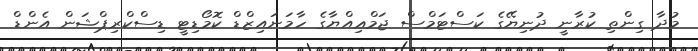
މުދާ ގިންތި ކުރާނީ ދުނިޔޭގެ ކަސްޓަމްސް ޖަމްޢިއްޔާގެ ހާމަނައިޒްޑް ކޮމޯޑިޓީ ޑިސްކްރިޕްޝަން އެންޑް